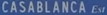
CASABLANCA